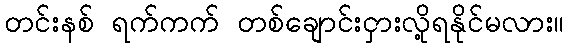
တင်းနစ် ရက်ကက် တစ်ချောင်းငှားလို့ရနိုင်မလား။